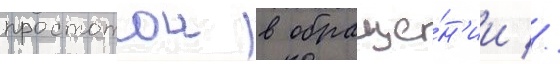
простотои в обраще́н'ии //